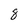
Character: 8